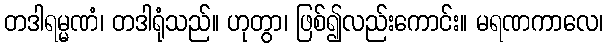
တဒါရမ္မဏံ၊ တဒါရုံသည်။ ဟုတွာ၊ ဖြစ်၍လည်းကောင်း။ မရဏကာလေ၊